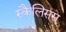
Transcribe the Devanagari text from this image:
स्कैलिसस